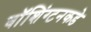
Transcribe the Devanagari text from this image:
वॉशिंग्टनकडे